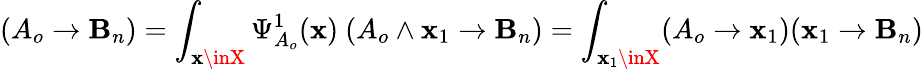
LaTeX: (A_{o}\rightarrow\mathbf{B}_{n})=\int_{\mathbf{x}\inX}\Psi_{A_{o}}^{1}(\mathbf{x})\ (A_{o}\wedge\mathbf{x}_{1}\rightarrow\mathbf{B}_{n})=\int_{\mathbf{x}_{1}\inX}(A_{o}\rightarrow\mathbf{x}_{1})(\mathbf{x}_{1}\rightarrow\mathbf{B}_{n})